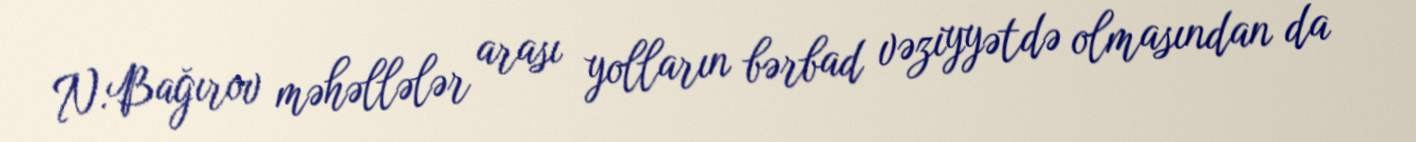
N.Bağırov məhəllələr arası yolların bərbad vəziyyətdə olmasından da